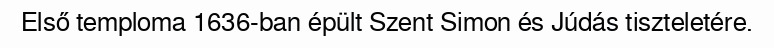
Első temploma 1636-ban épült Szent Simon és Júdás tiszteletére.